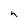
Character: h